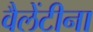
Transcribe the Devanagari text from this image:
वैलेंटीना